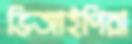
ভিআইপিরা